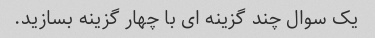
یک سوال چند گزینه ای با چهار گزینه بسازید.